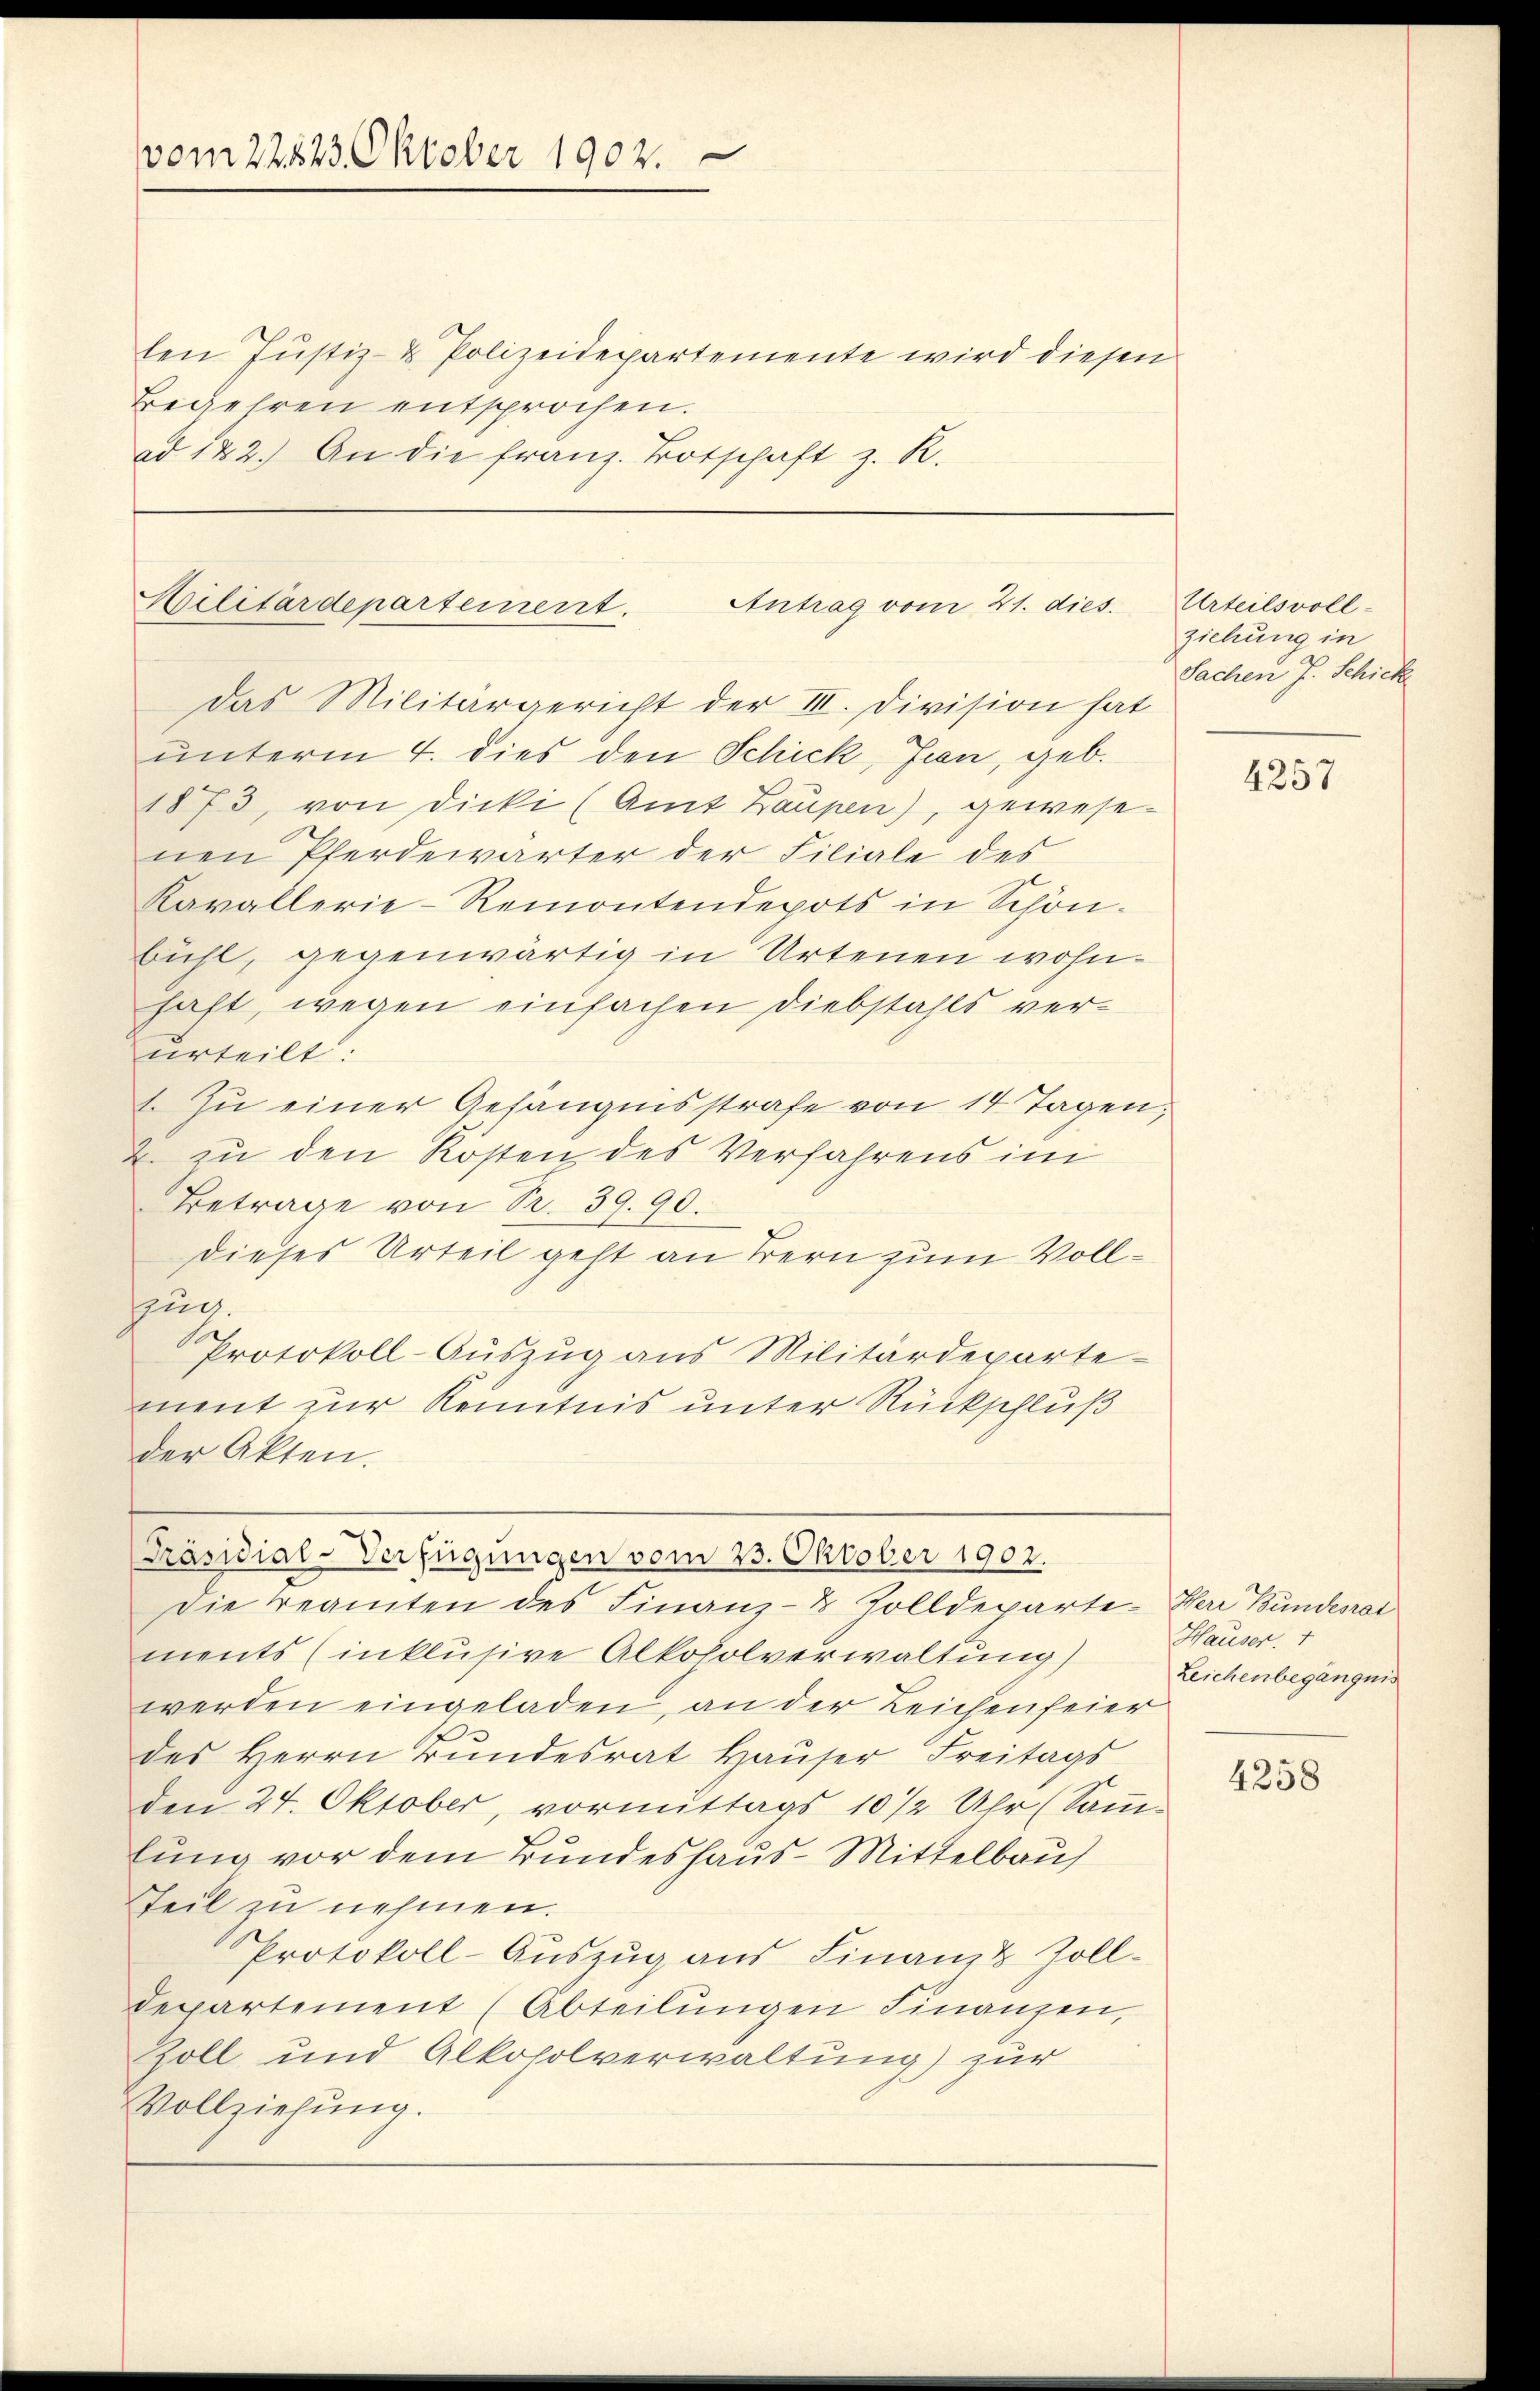
vom 22523. Oktober 1902.

len Justiz- & Polizeidepartemente wird diesen
Begehren entsprochen.
ad 122.) An die franz. Botschaft z. R.

das Militärgericht der III. Division hat
unterm 4. dies den Schick, Jean, geb.
1873, von Dicki (Amt Laupen), gewesenen Pferdewärter der Filiale des
Kavallerie-Remontendepots in Schön.
bühl, gegenwärtig in Artenen wohnhaft, wegen einfachen Diebstahls verurteilt.
1. Zu einer Gefängnisstrafe von 14 Tagen,
2. zu den Kosten des Verfahrens im
Betrage von Sr. 39. 90.
dieses Urteil geht an Bern zum Vollun.
Protokoll-Auszug aus Militärdeparte-
ment zur Kenntnis unter Rückschluß
der Akten.
[Präsidial-Verfügungen vom 23. Oktober 1902.
Die Beamten des Finanz-8 Zolldeparte Herr Bundesrat
ments (inklusive Alkoholverwaltung)
werden eingeladen, an der Leichenfeier
des Herrn Bundesrat Hauser Freitags
den 24. Oktober, vormittags 10 1/2 Uhr (Samm-
lung vor dem Bundeshaus-Mittelbau
Teil zu nehmen.
Protokoll-Auszug aus Finanz & Zoll-
departement (Abteilŭngen Finanzen,
Zoll und Alkoholverwaltung) zur
Vollziehung.

Militärdepartement. Antrag vom 21. dies

Urteilsvoll-
ziehung in
Sachen J. Schick

¬

4257

Hauser. 1
Leichenbegängnis

4258